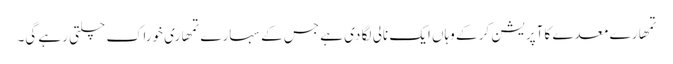
تمھارے معدے کا آپریشن کر کے وہاں ایک نالی لگا دی ہے جس کے سہارے تمھاری خوراک چلتی رہے گی۔